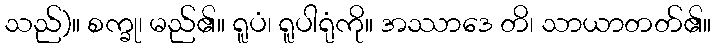
သည်)။ စက္ခု၊ မည်၏။ ရူပံ၊ ရူပါရုံကို။ အဿာဒေ တိ၊ သာယာတတ်၏။